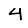
Digit: 4